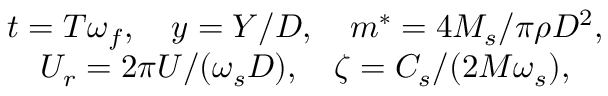
\begin{array} { l } { t = T { \omega _ { f } } , \quad y = Y / D , \quad { m ^ { * } } = 4 { M _ { s } } / \pi \rho { D ^ { 2 } } , \quad } \\ { \quad { U _ { r } } = 2 \pi U / ( { \omega _ { s } } D ) , \quad \zeta = { C _ { s } } / ( 2 M { \omega _ { s } } ) , } \end{array}